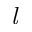
{ \it l }